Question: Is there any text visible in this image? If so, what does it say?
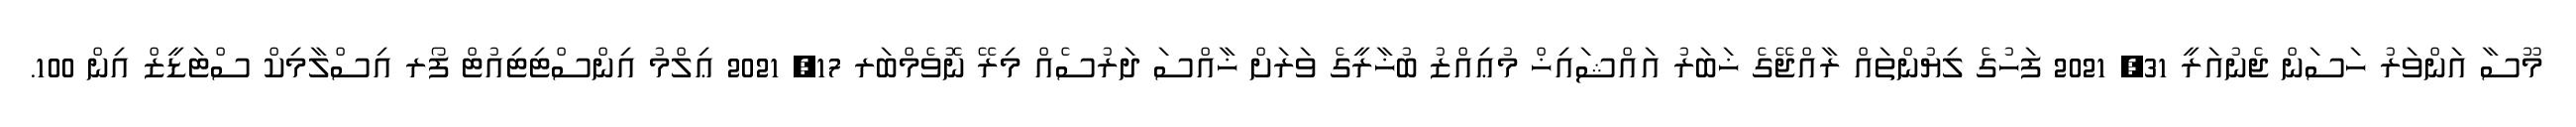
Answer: މޫސާ އަންވަރު ހަސަން ޖެނުއަރީ 31, 2021 ފަހުގެ ލިޔުންތައް ރާއްޖޭގެ ޚަބަރު އައްޝައިޚް މުޢިއްޒު ބުޚާރީގެ ވަރަށް ޚާއްސަ ދަރުސެއް މިރޭ ނޮވެމްބަރ 17, 2021 ޢިލްމު އިންސްޓިޓިއުޓް ފޯރ އިސްލާމިކް ސްޓަޑީޒް އިން 100.